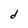
Character: d